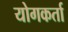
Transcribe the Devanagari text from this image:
योगकर्ता